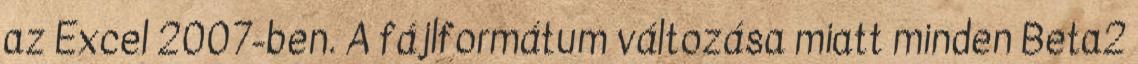
az Excel 2007-ben. A fájlformátum változása miatt minden Beta2